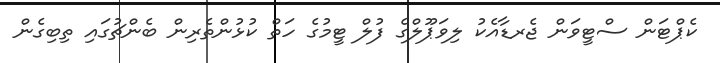
ކެޕްޓަން ސްޓީވަން ޖެރޑާއެކު ލިވަޕޫލްގެ ފުލް ޓީމުގެ ހަތް ކުޅުންތެރިން ބެންޗުގައި ތިބިގެން